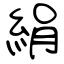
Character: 絹